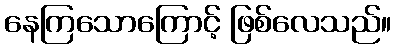
နေကြသောကြောင့် ဖြစ်လေသည်။